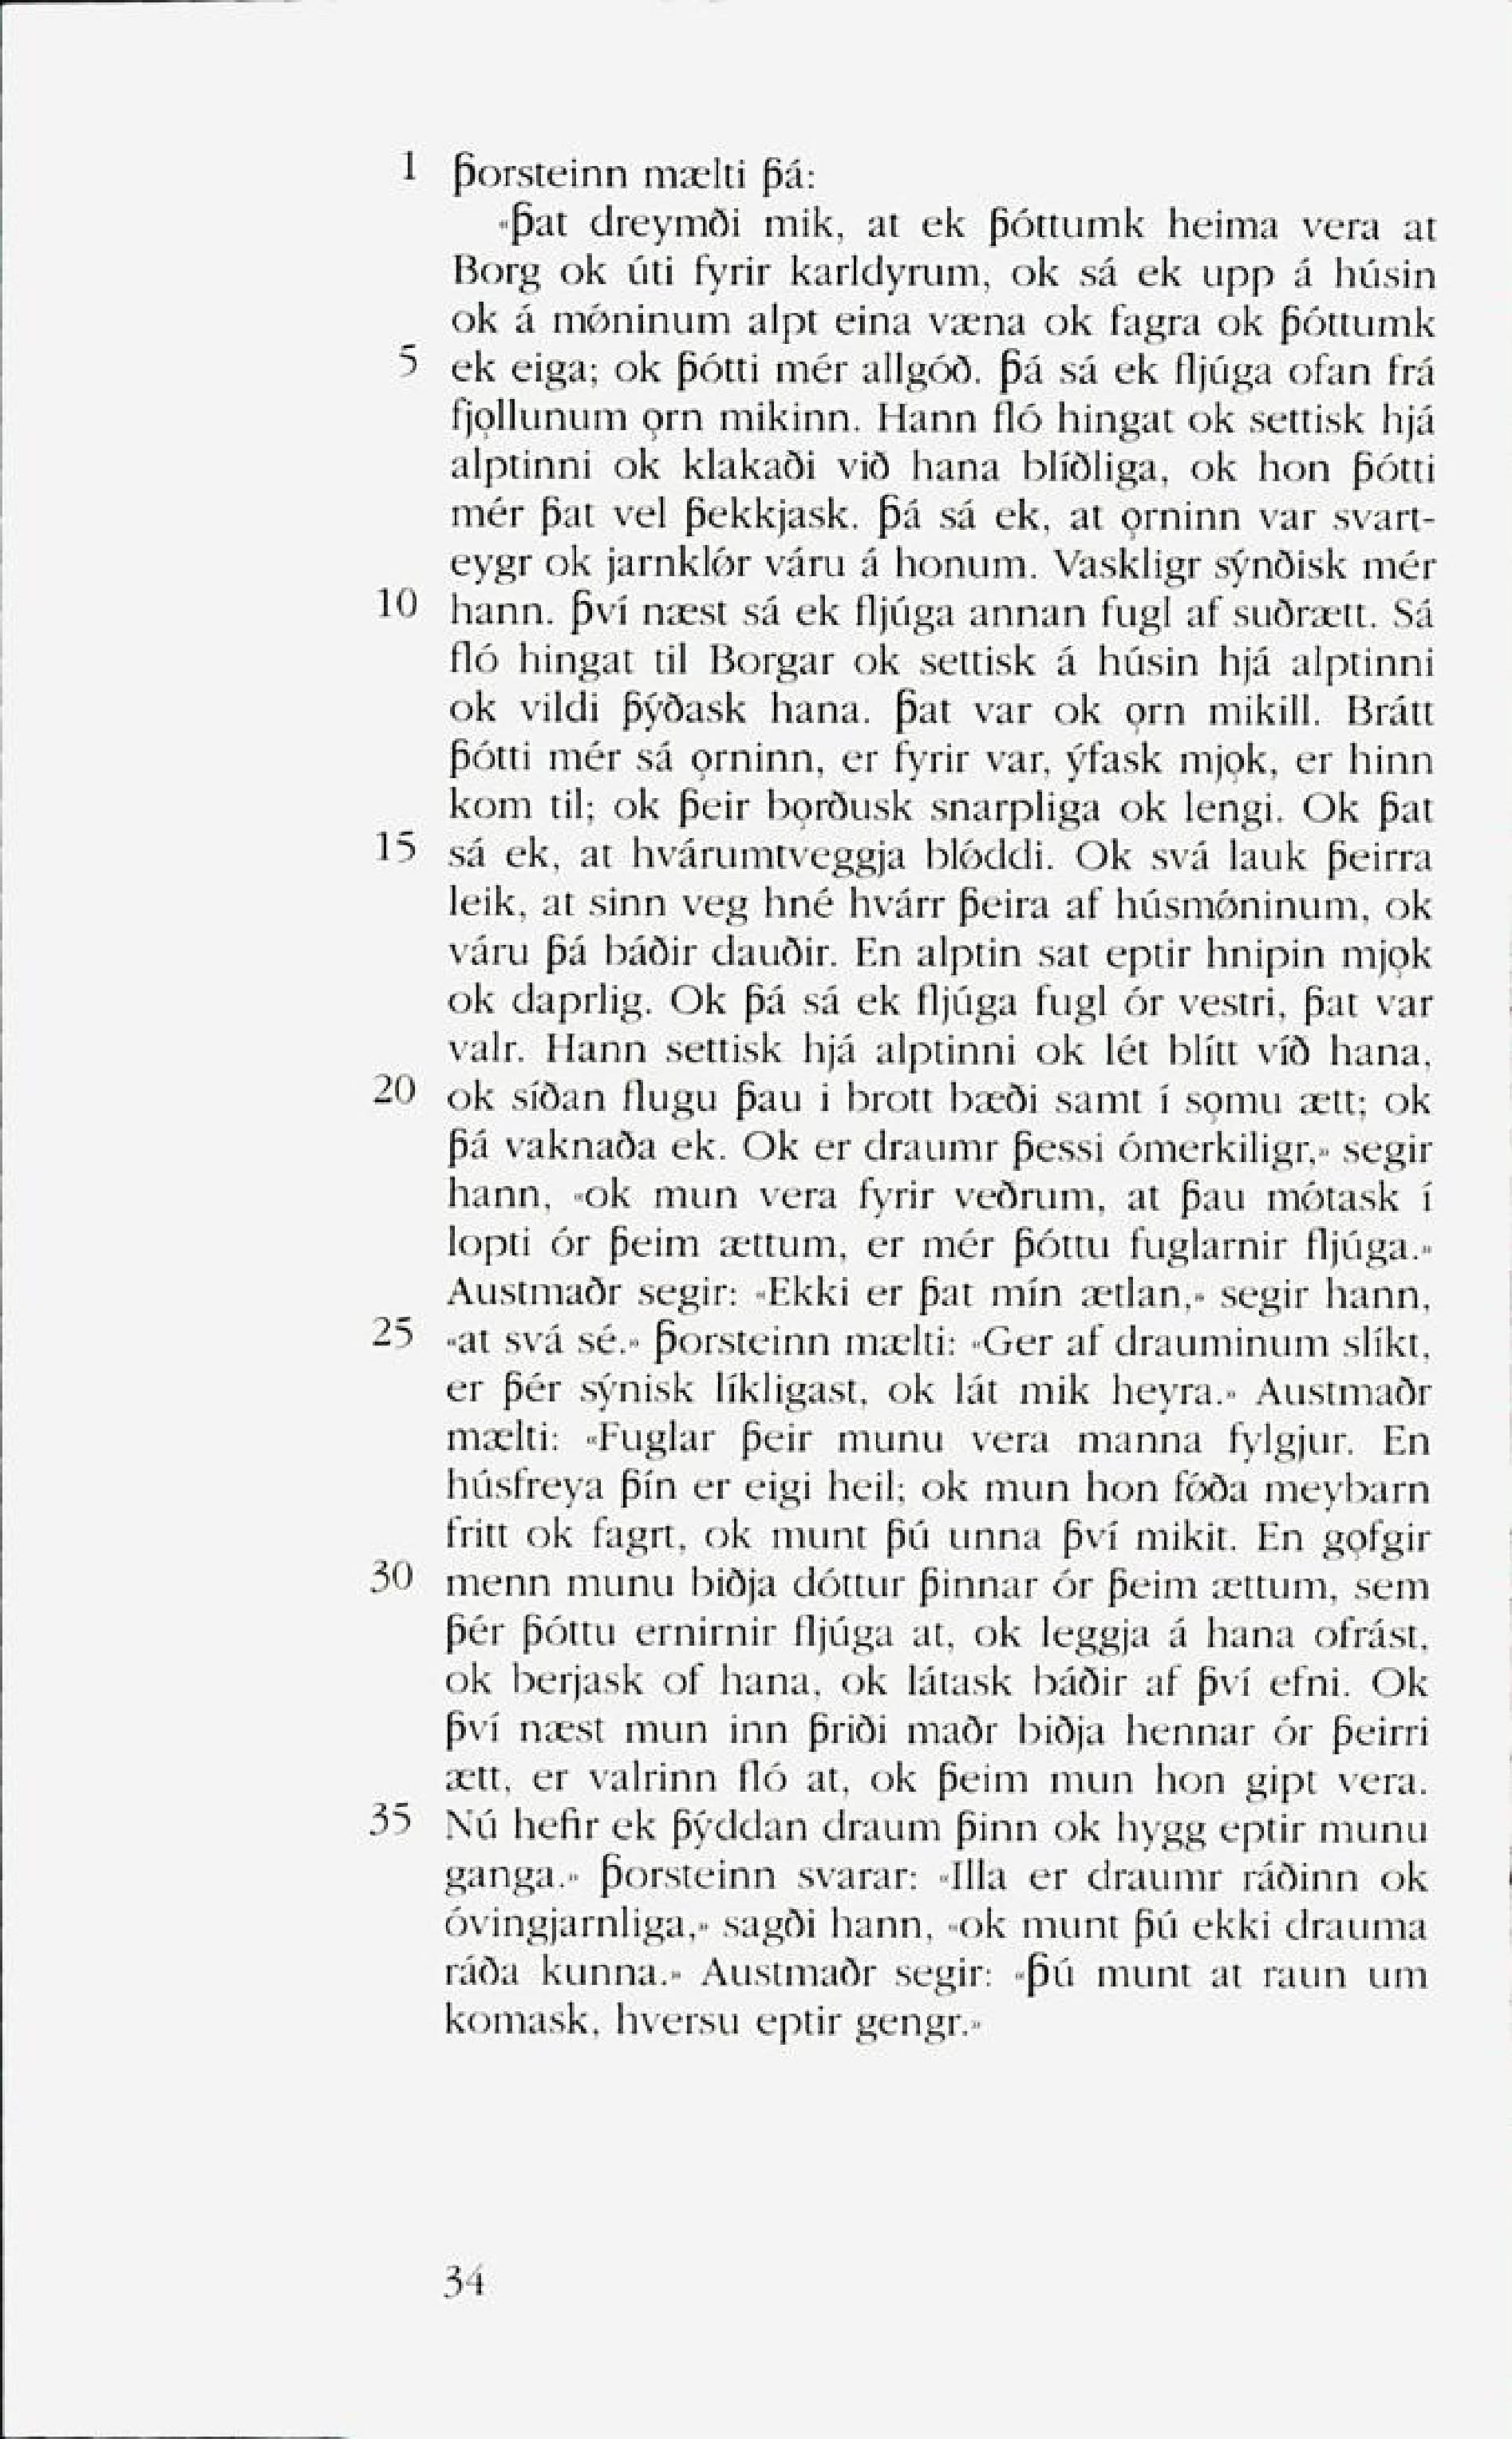
Language: no